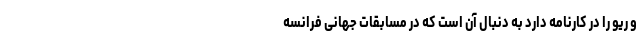
و ریو را در کارنامه دارد به دنبال آن است که در مسابقات جهانی فرانسه